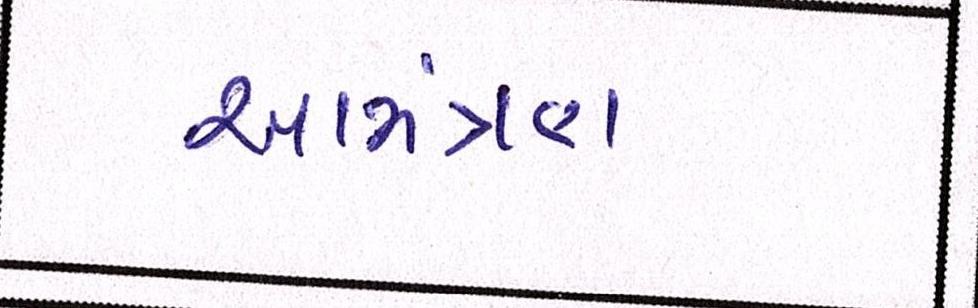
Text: આમંત્રણ